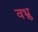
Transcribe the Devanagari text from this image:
वभ्रु